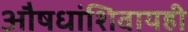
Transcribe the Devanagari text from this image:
औषधांशिवायही